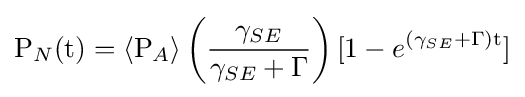
\mathrm {P} _{N}(\mathrm {t} )=\left\langle \mathrm {P} _{A}\right\rangle \left({\frac {\gamma _{SE}}{\gamma _{SE}+\Gamma }}\right)[1-e^{(\gamma _{SE}+\Gamma )\mathrm {t} }]